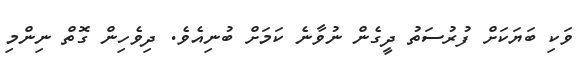
ވަކި ބަޔަކަށް ފުރުސަތު ދީގެން ނުވާނެ ކަމަށް ބުނިއެވެ. ދިވެހިން ގޮތް ނިންމި